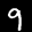
Label: 9